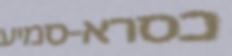
כסרא-סמיע